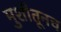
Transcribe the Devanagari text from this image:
मुशीतूनच